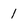
Character: 1